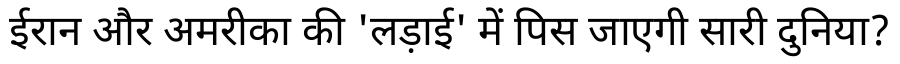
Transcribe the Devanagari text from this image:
ईरान और अमरीका की 'लड़ाई' में पिस जाएगी सारी दुनिया?